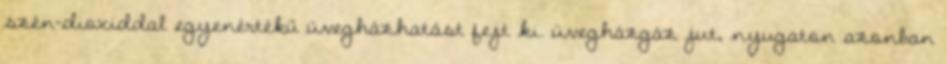
szén-dioxiddal egyenértékű üvegházhatást fejt ki. üvegházgáz jut, nyugaton azonban